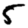
Digit: 5